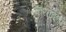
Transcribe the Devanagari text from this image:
कसाबचा